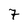
Character: 7